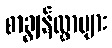
စာချွန်လွှာများ